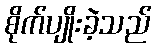
စိုက်ပျိုးခဲ့သည်